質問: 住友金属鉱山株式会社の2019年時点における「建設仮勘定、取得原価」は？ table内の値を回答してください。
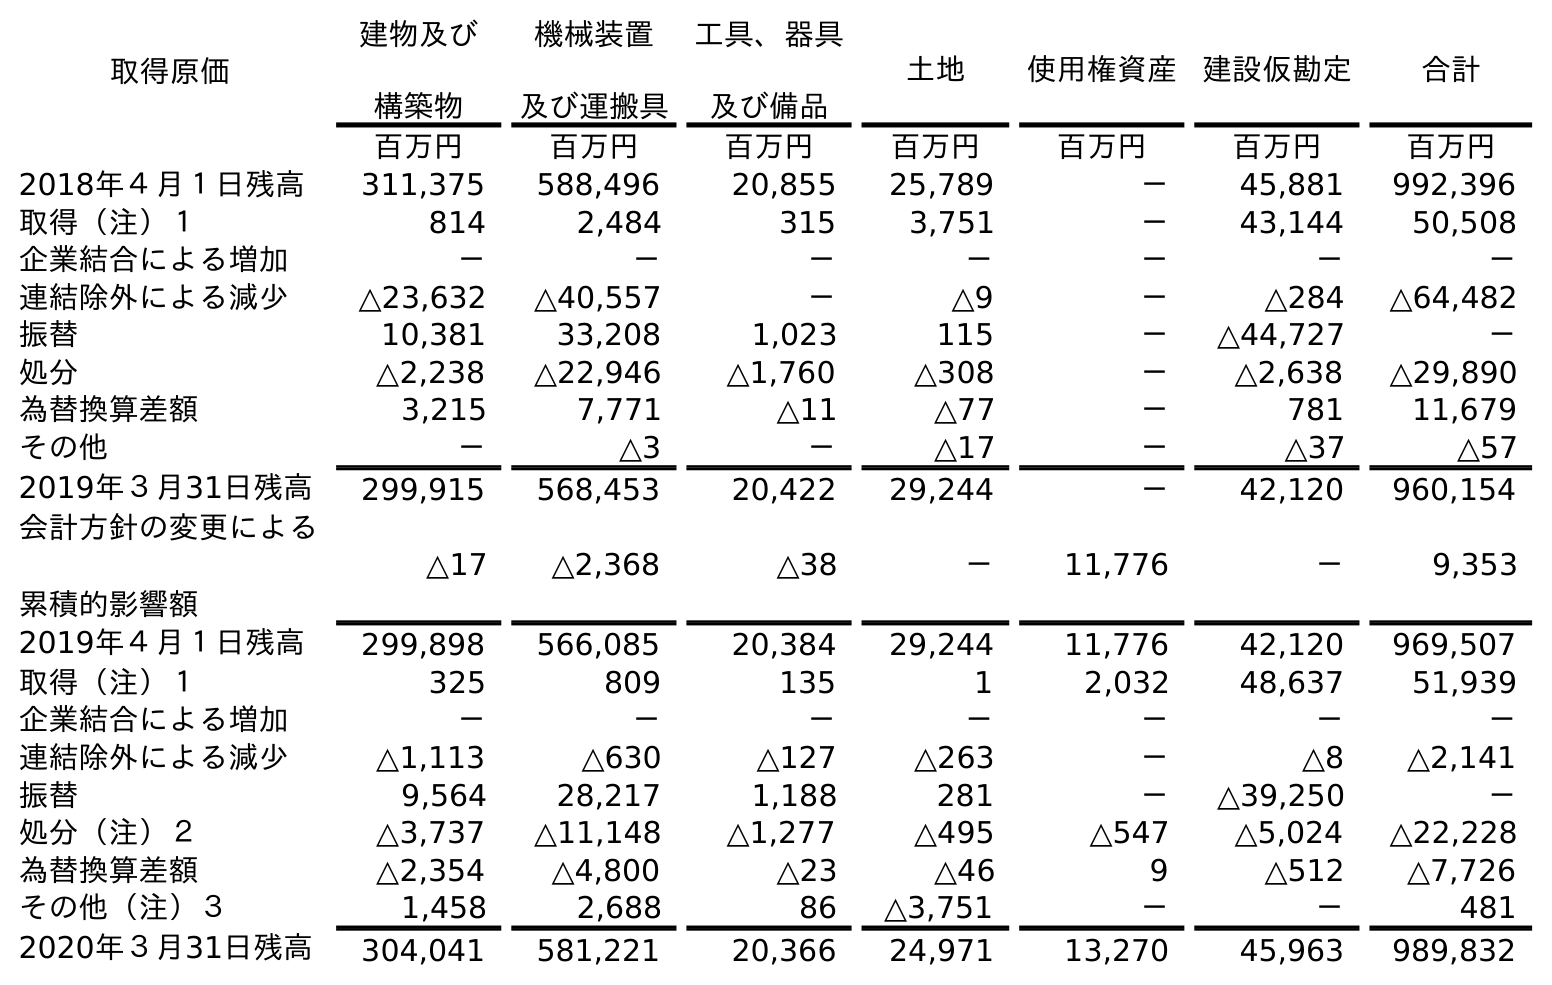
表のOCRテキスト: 取得原価 建物及び 構築物 機械装置 及び運搬具 工具、器具 及び備品 土地 使用権資産 建設仮勘定 合計 百万円 百万円 百万円 百万円 百万円 百万円 百万円 2018年４月１日残高 311,375 588,496 20,855 25,789 － 45,881 992,396 取得（注）１ 814 2,484 315 3,751 － 43,144 50,508 企業結合による増加 － － － － － － － 連結除外による減少 △23,632 △40,557 － △9 － △284 △64,482 振替 10,381 33,208 1,023 115 － △44,727 － 処分 △2,238 △22,946 △1,760 △308 － △2,638 △29,890 為替換算差額 3,215 7,771 △11 △77 － 781 11,679 その他 － △3 － △17 － △37 △57 2019年３月31日残高 299,915 568,453 20,422 29,244 － 42,120 960,154 会計方針の変更による 累積的影響額 △17 △2,368 △38 － 11,776 － 9,353 2019年４月１日残高 299,898 566,085 20,384 29,244 11,776 42,120 969,507 取得（注）１ 325 809 135 1 2,032 48,637 51,939 企業結合による増加 － － － － － － － 連結除外による減少 △1,113 △630 △127 △263 － △8 △2,141 振替 9,564 28,217 1,188 281 － △39,250 － 処分（注）２ △3,737 △11,148 △1,277 △495 △547 △5,024 △22,228 為替換算差額 △2,354 △4,800 △23 △46 9 △512 △7,726 その他（注）３ 1,458 2,688 86 △3,751 － － 481 2020年３月31日残高 304,041 581,221 20,366 24,971 13,270 45,963 989,832
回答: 42,120